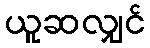
ယူဆလျှင်